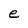
Character: e